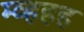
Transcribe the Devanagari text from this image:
म्व्हहह